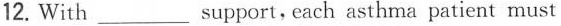
12. With ___support, each asthma patient must learn